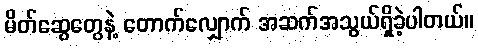
မိတ်ဆွေတွေနဲ့ တောက်လျှောက် အဆက်အသွယ်ရှိခဲ့ပါတယ်။